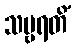
သဗ္ဗရတိံ